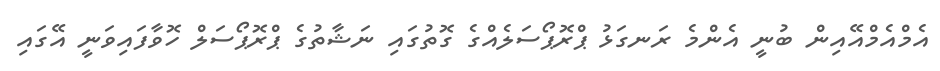
އެމްއެމްއޭއިން ބުނީ އެންމެ ރަނގަޅު ޕްރޮޕޯސަލެއްގެ ގޮތުގައި ނަޝާތުގެ ޕްރޮޕޯސަލް ހޮވާފައިވަނީ އޭގައި